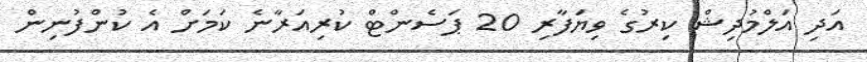
އަދި އަލްމުދިޝް ކިރުގެ ވިޔަފާރި 20 ޕަސެންޓް ކުރިއަރާނެ ކަަމަށް އެ ކުންފުނިިން